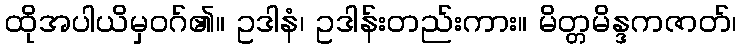
ထိုအပါယိမှဝဂ်၏။ ဥဒါနံ၊ ဥဒါန်းတည်းကား။ မိတ္တမိန္ဒကဇာတ်၊